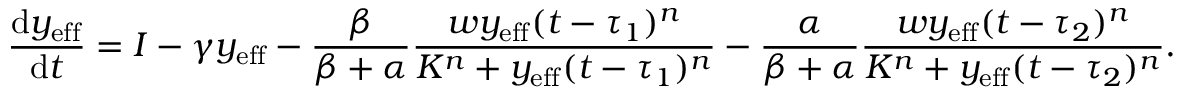
\frac { \mathrm { d } y _ { \mathrm { { e f f } } } } { \mathrm { d } t } = I - \gamma y _ { \mathrm { e f f } } - \frac { \beta } { \beta + \alpha } \frac { w y _ { \mathrm { { e f f } } } ( t - \tau _ { 1 } ) ^ { n } } { K ^ { n } + y _ { \mathrm { e f f } } ( t - \tau _ { 1 } ) ^ { n } } - \frac { \alpha } { \beta + \alpha } \frac { w y _ { \mathrm { { e f f } } } ( t - \tau _ { 2 } ) ^ { n } } { K ^ { n } + y _ { \mathrm { e f f } } ( t - \tau _ { 2 } ) ^ { n } } .